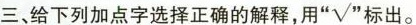
三、给下列加点字选择正确的解释，用” ☑”标出。